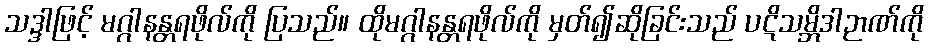
သဒ္ဒါဖြင့် မဂ္ဂါနန္တရဖိုလ်ကို ပြသည်။ ထိုမဂ္ဂါနန္တရဖိုလ်ကို မှတ်၍ဆိုခြင်းသည် ပဋိသမ္ဘိဒါဉာဏ်ကို